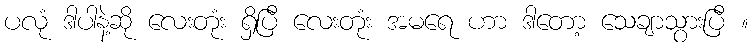
ပလုံ ဒါပါနဲ့ဆို လေးတုံး ရှိပြီ လေးတုံး အမရေ ဟာ ဒါတော့ သေချာသွားပြီ ။